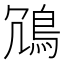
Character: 𫚲